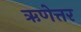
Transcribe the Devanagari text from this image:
ऋणेत्तर